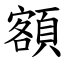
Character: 額